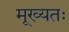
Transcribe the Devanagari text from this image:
मूख्यतः